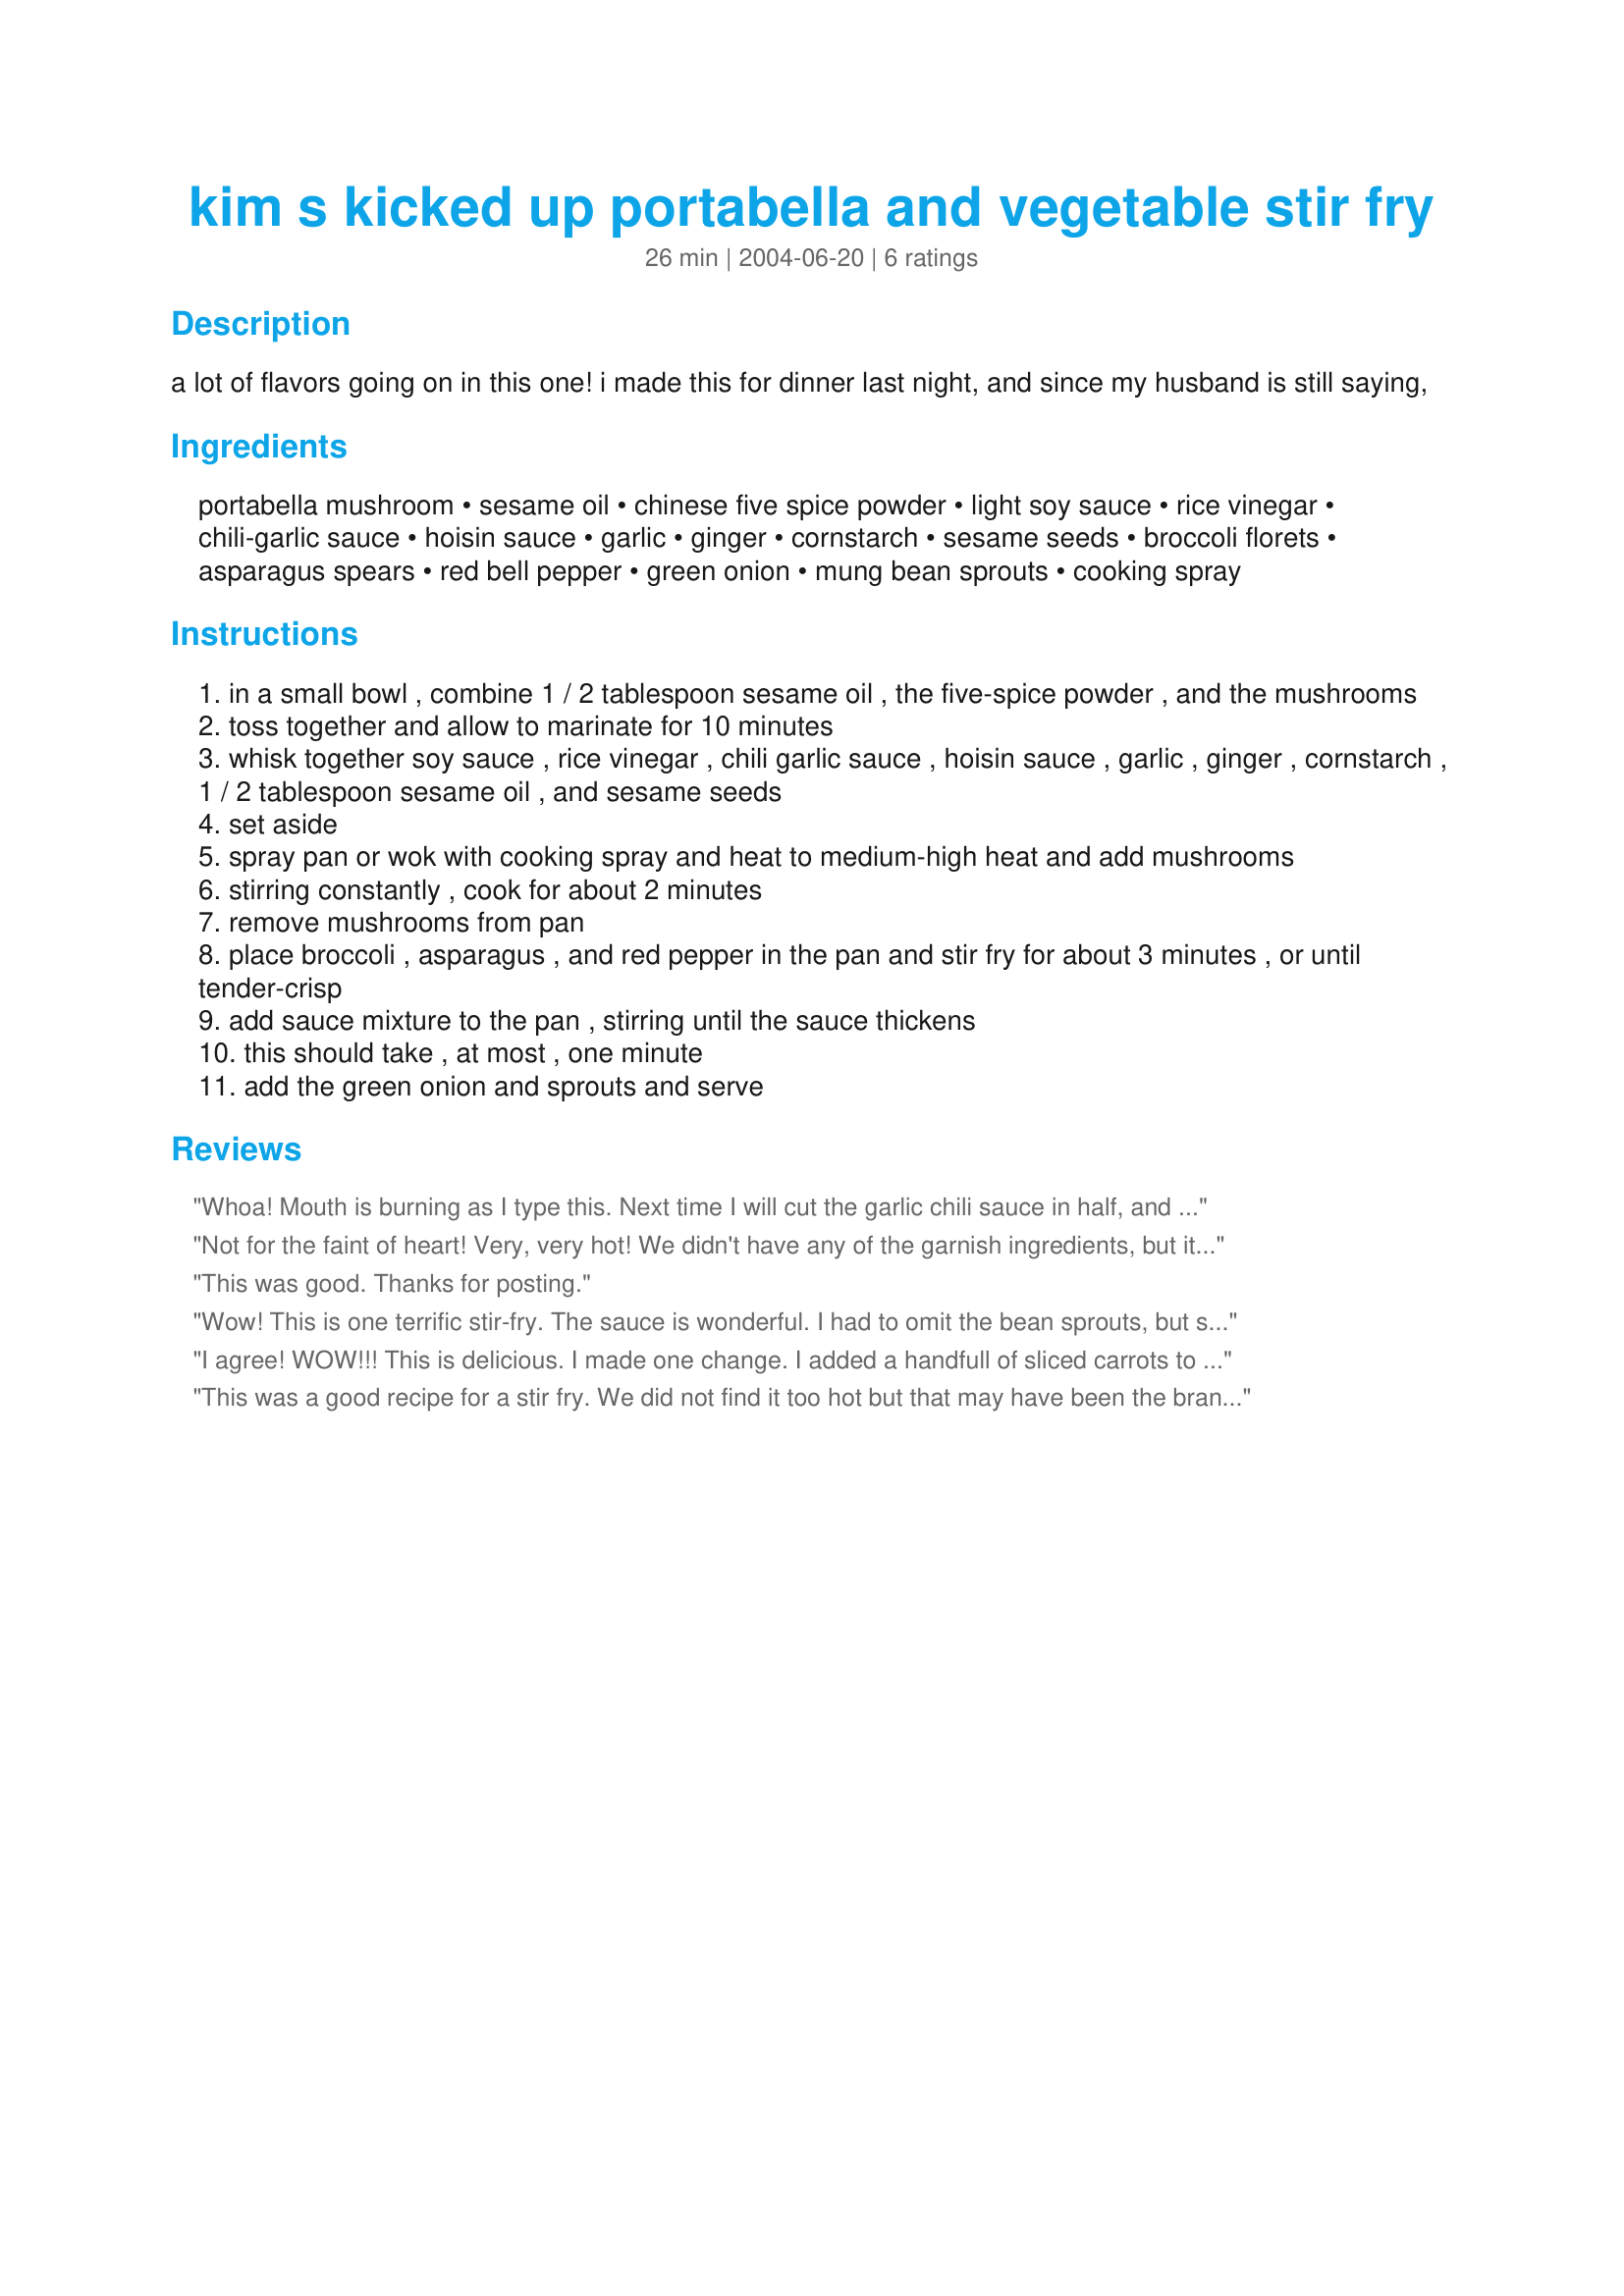
kim s kicked up portabella and vegetable stir fry
Preparation time: 26 minutes

a lot of flavors going on in this one! i made this for dinner last night, and since my husband is still saying,

Ingredients:
portabella mushroom, sesame oil, chinese five spice powder, light soy sauce, rice vinegar, chili-garlic sauce, hoisin sauce, garlic, ginger, cornstarch, sesame seeds, broccoli florets, asparagus spears, red bell pepper, green onion, mung bean sprouts, cooking spray

Steps:
in a small bowl , combine 1 / 2 tablespoon sesame oil , the five-spice powder , and the mushrooms
toss together and allow to marinate for 10 minutes
whisk together soy sauce , rice vinegar , chili garlic sauce , hoisin sauce , garlic , ginger , cornstarch , 1 / 2 tablespoon sesame oil , and sesame seeds
set aside
spray pan or wok with cooking spray and heat to medium-high heat and add mushrooms
stirring constantly , cook for about 2 minutes
remove mushrooms from pan
place broccoli , asparagus , and red pepper in the pan and stir fry for about 3 minutes , or until tender-crisp
add sauce mixture to the pan , stirring until the sauce thickens
this should take , at most , one minute
add the green onion and sprouts and serve

Reviews:
Whoa! Mouth is burning as I type this. Next time I will cut the garlic chili sauce in half, and also go halvsies on the star of anise. Add chopped cashews, cilantro and a squeeze of lime to your toppings and BAM! Delicious! This was very spicy and pungent though. I love spicy but the GF not so much so I grubbed down while she slowly picked. YUM!
Not for the faint of heart! Very, very hot! We didn't have any of the garnish ingredients, but it was still good. My husband thought it was fantastic; I thought it was good. You may want to have some milk nearby to cool the heat - it is, indeed, that hot.
This was good. Thanks for posting.
Wow! This is one terrific stir-fry. The sauce is wonderful. I had to omit the bean sprouts, but since they're listed as garnish, I assume it didn't change the flavor too much. Anyway, recommended!
I agree! WOW!!! This is delicious. I made one change. I added a handfull of sliced carrots to the rest of the vegies, just because I like carrots. We will be having this one again!!! Thanks.
This was a good recipe for a stir fry. We did not find it too hot but that may have been the brand of chili garlic sauce I used. Thanks for the recipe.
